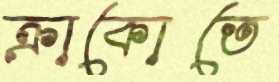
ক্রাকোতে